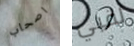
اصحاب لقبي